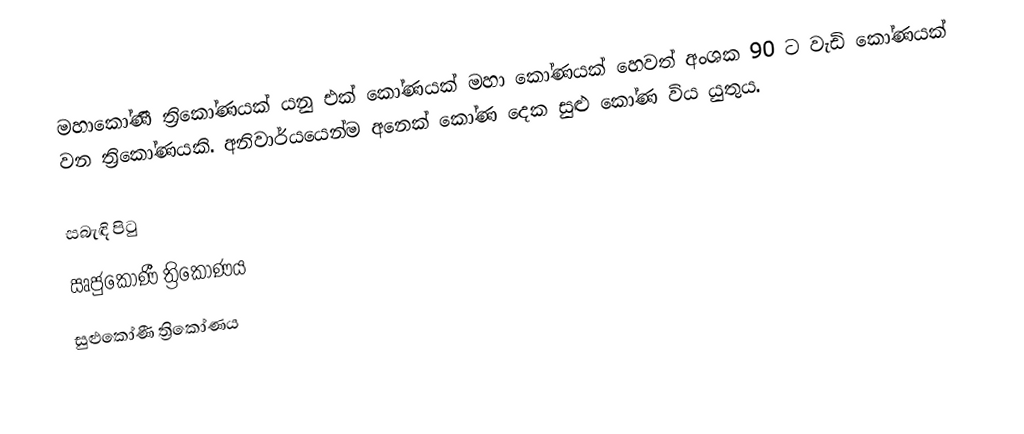
මහාකෝණී ත්‍රිකෝණයක් යනු එක් කෝණයක් මහා කෝණයක් හෙවත් අංශක 90 ට වැඩි කෝණයක්  වන ත්‍රිකෝණයකි. අනිවාර්යයෙන්ම අනෙක් කෝණ දෙක සුළු කෝණ විය යුතුය.

සබැඳි පිටු
 ඍජුකෝණී ත්‍රිකෝණය
 සුළුකෝණී ත්‍රිකෝණය